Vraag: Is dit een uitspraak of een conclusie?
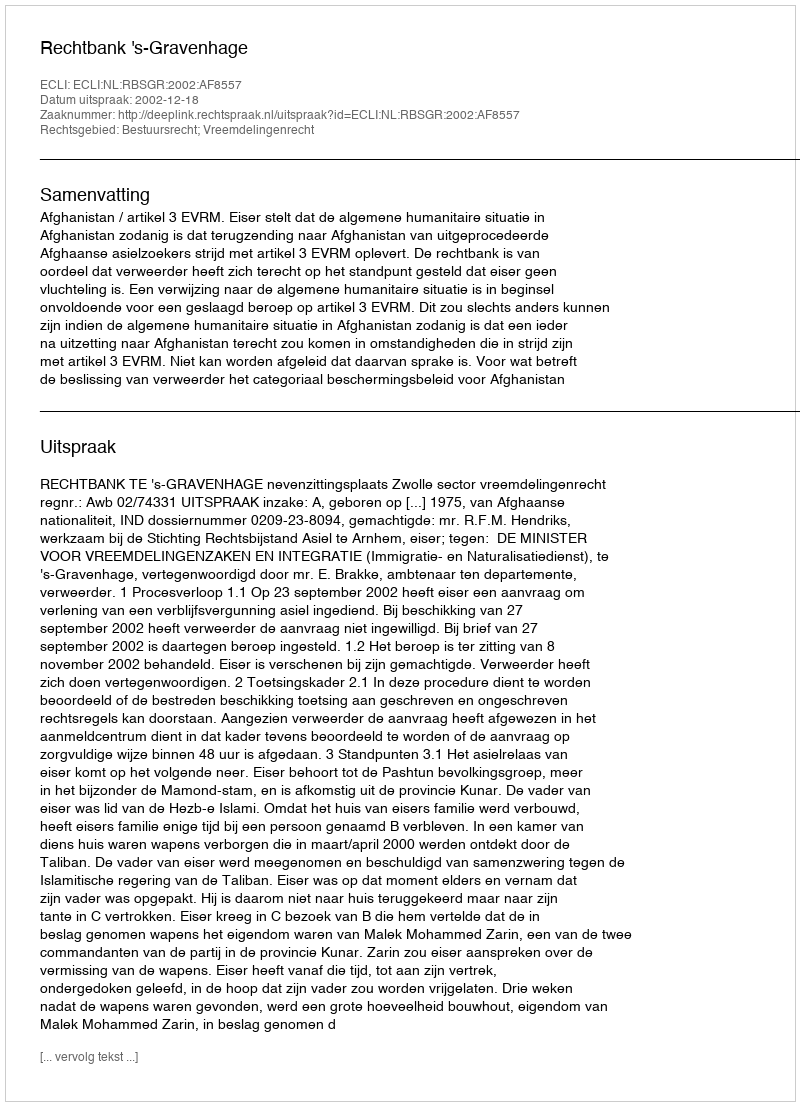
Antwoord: Uitspraak